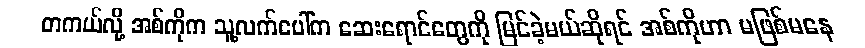
တကယ်လို့ အစ်ကိုက သူ့လက်ပေါ်က ဆေးရောင်တွေကို မြင်ခဲ့မယ်ဆိုရင် အစ်ကိုဟာ မဖြစ်မနေ